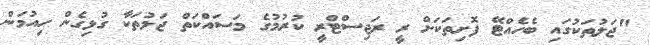
"ޖަލުތަކުގައި ބެހެއްޓޭ ފޮށިތަކަށް ރީ ރަޖިސްޓްރީ ކުރުމުގެ މަސައްކަތް ޖަލުތަކާ ގުޅިގެން ހިއުމަން